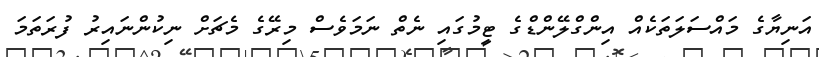
އަނިޔާގެ މައްސަލަތަކެއް އިންގްލޭންޑްގެ ޓީމުގައި ނެތް ނަމަވެސް މިރޭގެ މެޗަށް ނިކުންނައިރު ފުރަތަމަ